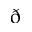
\eth